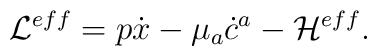
{\cal{L}}^{eff}= p\dot{x}-\mu_a\dot{c}^a-{\cal H}^{eff}.